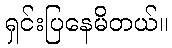
ရှင်းပြနေမိတယ်။